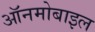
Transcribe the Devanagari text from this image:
ऑनमोबाइल